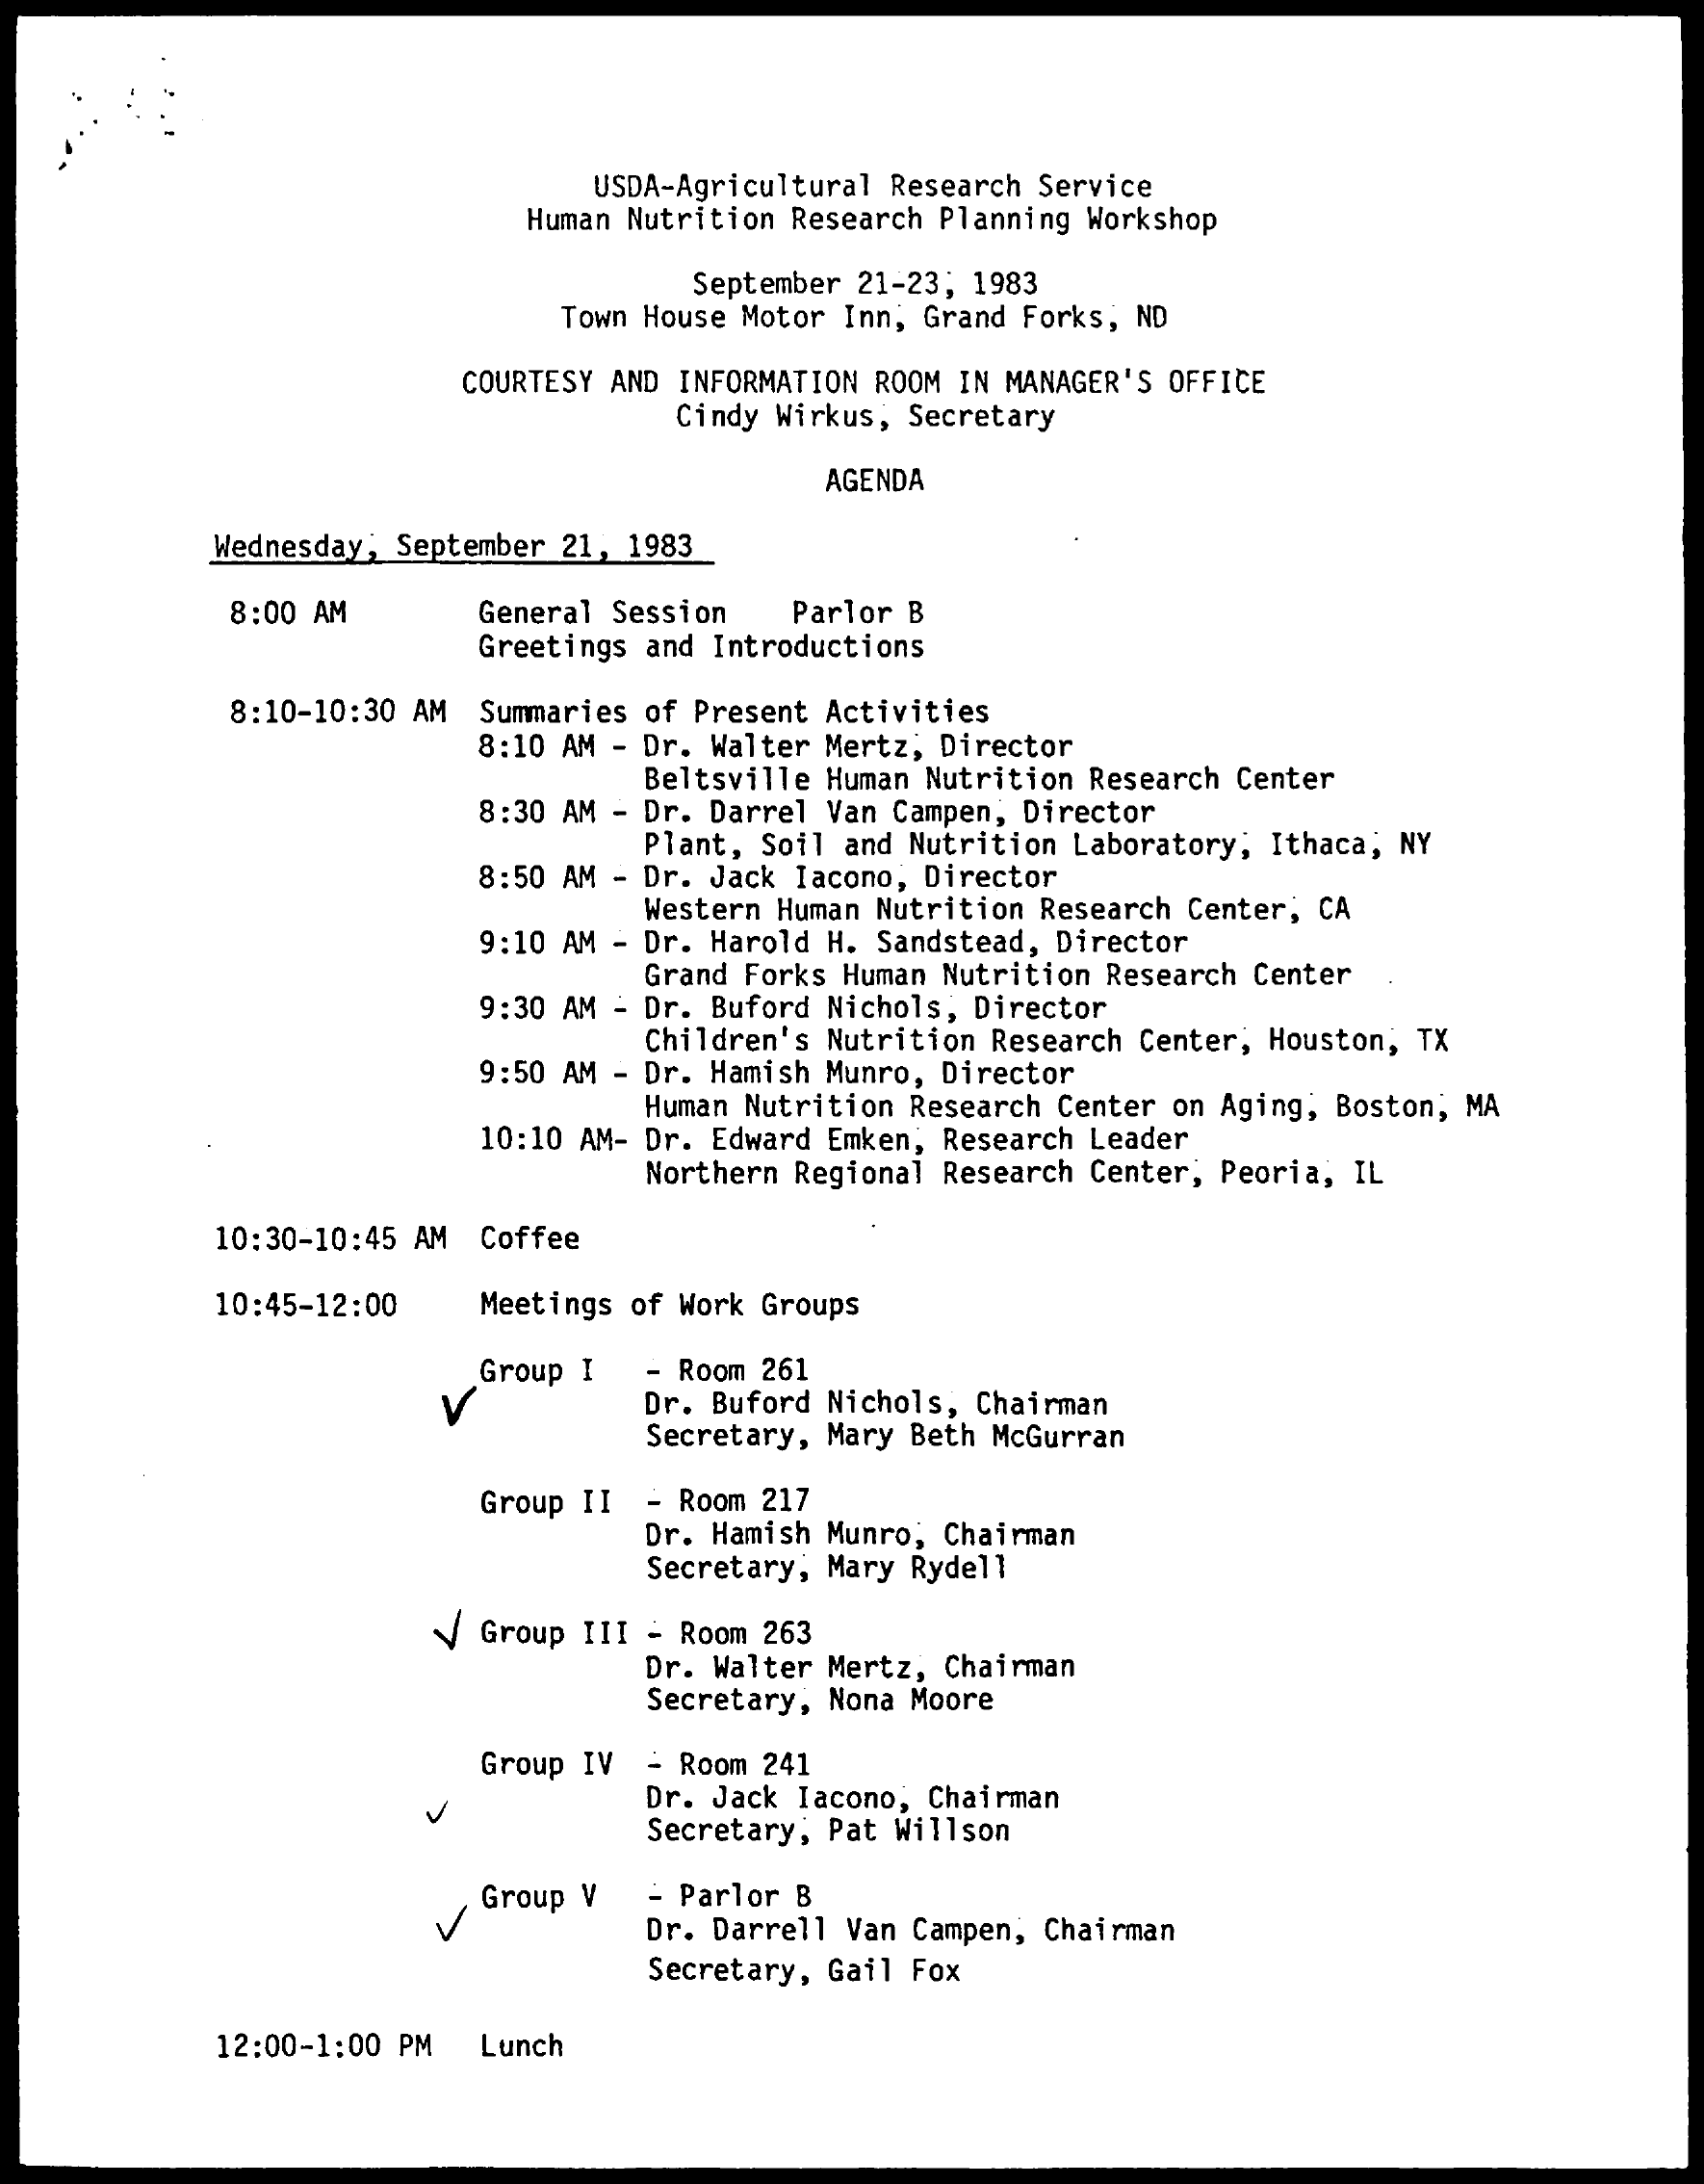
USDA-Agricultural Research Service
     Human Nutrition Research Planning Workshop
     September 21-23; 1983
     Town House Motor Inn, Grand Forks, ND
     COURTESY AND INFORMATION ROOM IN MANAGER'S OFFICE
     Cindy Wirkus, Secretary
     AGENDA
     Wednesday, September 21, 1983
     8:00 AM    General Session  Parlor B
     Greetings and Introductions
     8:10-10:30 AM Summaries of Present Activities
     8:10 AM - Dr. Walter Mertz, Director
     Beltsville Human Nutrition Research Center
     8:30 AM - Dr. Darrel Van Campen, Director
     Plant, Soil and Nutrition Laboratory, Ithaca; NY
     8:50 AM - Dr. Jack Iacono, Director
     Western Human Nutrition Research Center, CA
     9:10 AM - Dr. Harold H. Sandstead, Director
     Grand Forks Human Nutrition Research Center
     9:30 AM - Dr. Buford Nichols, Director
     Children's Nutrition Research Center, Houston, TX
     9:50 AM - Dr. Hamish Munro, Director
     Human Nutrition Research Center on Aging, Boston, MA
     10:10 AM- Dr. Edward Emken, Research Leader
     Northern Regional Research Center, Peoria, IL
     10:30-10:45 AM Coffee
     10:45-12:00  Meetings of Work Groups
     Group I  - Room 261
     Dr. Buford Nichols, Chairman
     Secretary, Mary Beth McGurran
     Group II - Room 217
     Dr. Hamish Munro, Chairman
     Secretary, Mary Rydell
     V Group III - Room 263
     Dr. Walter Mertz, Chairman
     Secretary, Nona Moore
     Group IV - Room 241
     Dr. Jack Iacono, Chairman
     Secretary, Pat Willson
     - Parlor B
     V
     Group V
     Dr. Darrell Van Campen, Chairman
     Secretary, Gail Fox
     12:00-1:00 PM Lunch